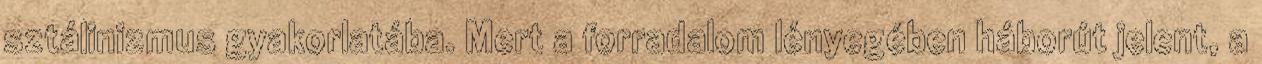
sztálinizmus gyakorlatába. Mert a forradalom lényegében háborút jelent, a